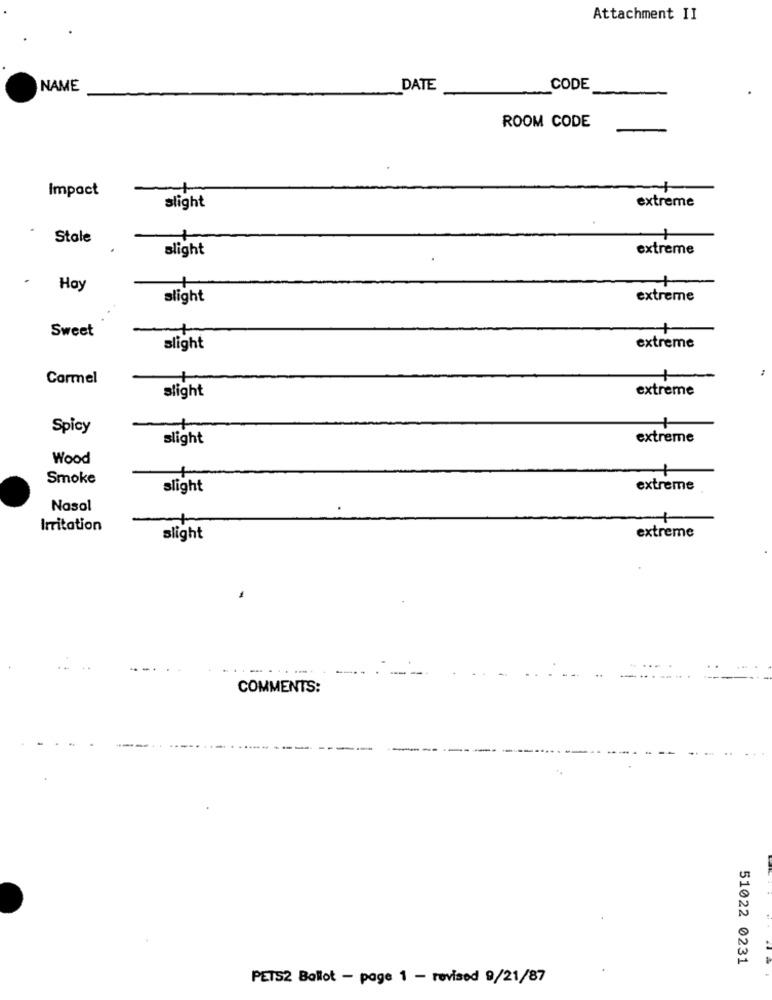
Attachment II
NAME
DATE
CODE
ROOM CODE
Impact
slight
extreme
Stale
slight
extreme
. Hay
+
slight
extreme
Sweet
slight
extreme
Cormel
slight
extreme
Spicy
-+
slight
extreme
Wood
Smoke
slight
extreme
Nasol
Irritation
extreme
slight
COMMENTS:
51022 0231
PETS2 Ballot - page 1 - revised 9/21/87